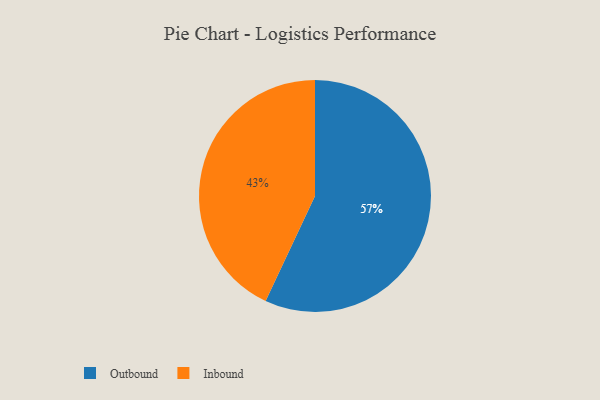
{"axis": {"x": "Category", "y": "Percentage"}, "legend": ["Inbound", "Outbound"], "data": [{"x": "Inbound", "y": 43, "type": "Inbound"}, {"x": "Outbound", "y": 57, "type": "Outbound"}]}